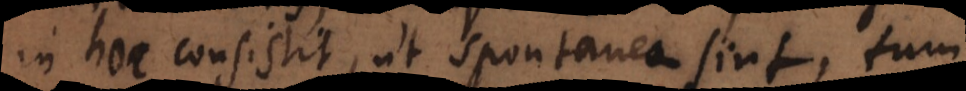
in hoc consistit, ut spontanea sint, tum